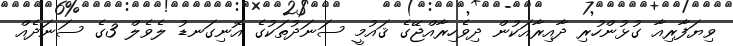
ވިޔަފާރިއާ ގުޅުންހުރި ދާއިރާއަކުން ދިވެހިރާއްޖޭގެ ޤައުމީ ސަނަދުތަކުގެ އޮނިގަނޑު ލެވެލް 3ގެ ސަނަދެއް